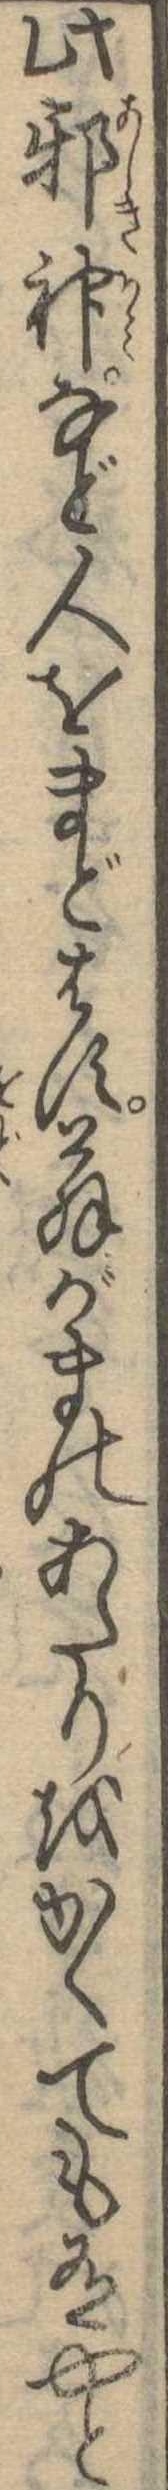
此邪神など人をまどはす翁がまのあたりをかくても有やと